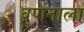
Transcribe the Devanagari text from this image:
वर्णनाला